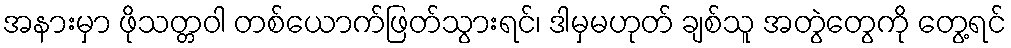
အနားမှာ ဖိုသတ္တဝါ တစ်ယောက်ဖြတ်သွားရင်၊ ဒါမှမဟုတ် ချစ်သူ အတွဲတွေကို တွေ့ရင်